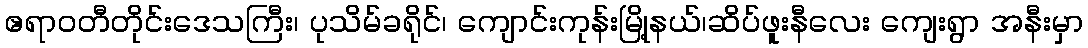
ဧရာဝတီတိုင်းဒေသကြီး၊ ပုသိမ်ခရိုင်၊ ကျောင်းကုန်းမြို့နယ်၊ဆိပ်ဖူးနီလေး ကျေးရွာ အနီးမှာ